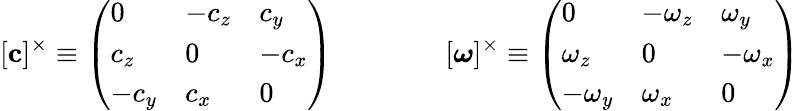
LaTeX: [\mathbf{c}]^{\times}\equiv\left({\begin{array}{lll}{0}&{-c_{z}}&{c_{y}}\\ {c_{z}}&{0}&{-c_{x}}\\ {-c_{y}}&{c_{x}}&{0}\end{array}}\right)\qquad\qquad[\mathbf{\boldsymbol{\omega}}]^{\times}\equiv\left({\begin{array}{lll}{0}&{-\omega_{z}}&{\omega_{y}}\\ {\omega_{z}}&{0}&{-\omega_{x}}\\ {-\omega_{y}}&{\omega_{x}}&{0}\end{array}}\right)